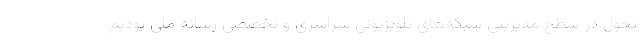
تحول در سطح مدیریتی شبکه‌های تلویزیونی سراسری و تخصصی رسانه ملی بودیم.